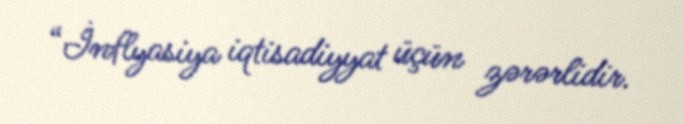
“İnflyasiya iqtisadiyyat üçün zərərlidir.